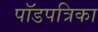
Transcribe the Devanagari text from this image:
पॉडपत्रिका